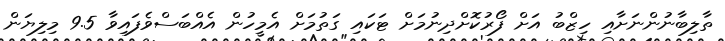
ތާލިބާނުންނަށާއި ހިޒްބު އަށް ފޯރުކޮށްދިނުމަށް ޓަކައި ގަތުމަށް އެމީހުން އެއްބަސްވެފައިވާ 9.5 މިލިޔަން